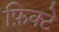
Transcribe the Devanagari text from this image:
फ़िक्टे